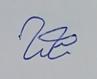
Signature authenticity: genuine